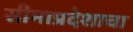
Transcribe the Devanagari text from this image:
सीमाप्रदेशाचा